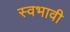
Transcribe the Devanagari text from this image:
स्वभावी